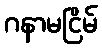
ဂနာမငြိမ်